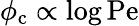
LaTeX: \phi_{\mathrm{c}}\propto\log\mathrm{Pe}